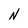
Character: N